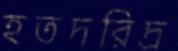
হতদরিদ্র